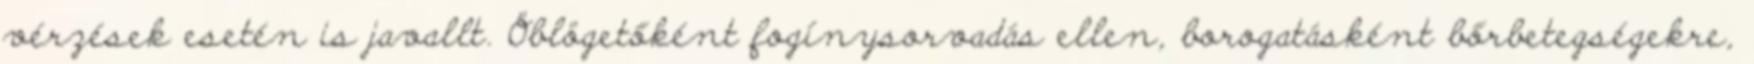
vérzések esetén is javallt. Öblögetőként fogínysorvadás ellen, borogatásként bőrbetegségekre,